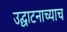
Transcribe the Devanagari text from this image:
उद्घाटनाच्याच